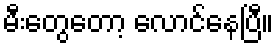
မီးတွေတော့ လောင်နေပြီ။